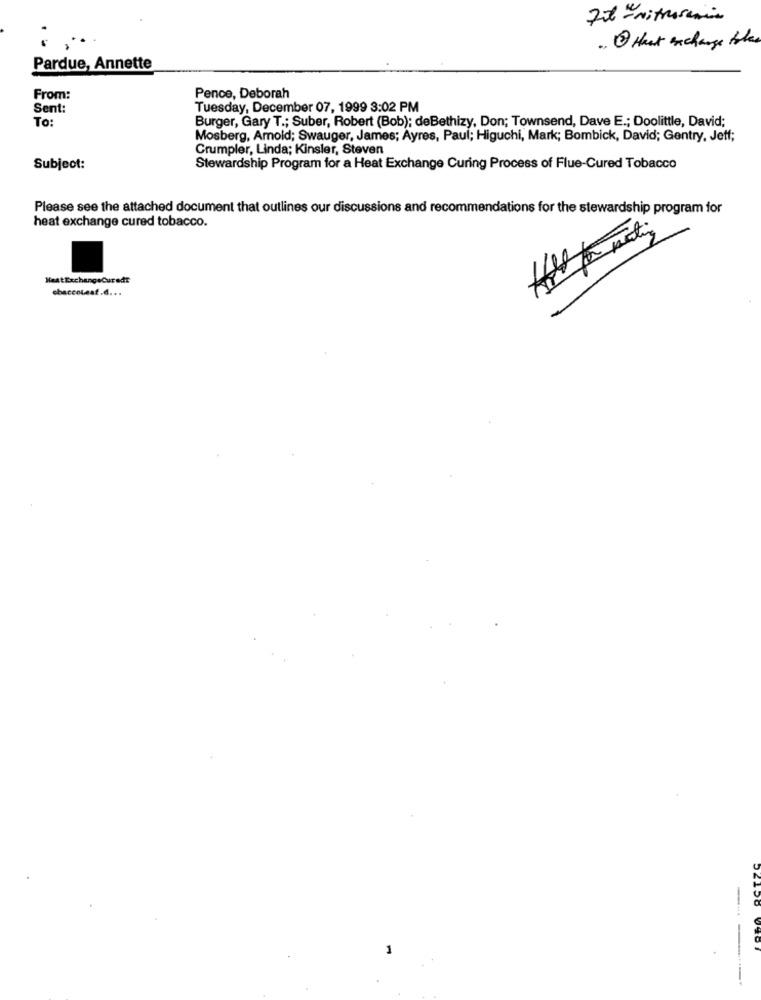
Fit - nitrosemina
.. 2 Hant exchange take
Pardue, Annette
From:
Pence, Deborah
Sent:
Tuesday, December 07, 1999 3:02 PM
To:
Burger, Gary T .; Suber, Robert (Bob); deBethizy, Don; Townsend, Dave E .; Doolittle, David;
Mosberg, Amold; Swauger, James; Ayres, Paul; Higuchi, Mark; Bombick, David; Gentry. Jeff;
Crumpler, Linda; Kinsler, Steven
Subject:
Stewardship Program for a Heat Exchange Curing Process of Flue-Cured Tobacco
Please see the attached document that outlines our discussions and recommendations for the stewardship program for
heat exchange cured tobacco.
NestExchangeCuredT
ebaccotest.d ...
1
52158 0901